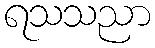
ရသသညာ